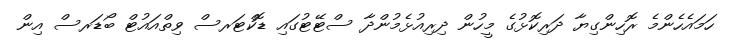
ހަމައެހެންމެ ރޮހިންގިޔާ ދަރިކޮޅުގެ މީހުން ދިރިއުޅެމުންދާ ސްޓޭޓުގައި ޑޮކްޓަރސް ވިތްއައުޓް ބޯޑަރސް އިން